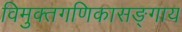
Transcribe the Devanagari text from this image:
विमुक्तगणिकासङ्गाय